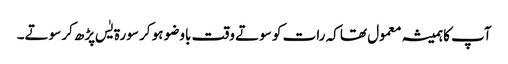
آپ کاہمیشہ معمول تھا کہ رات کو سوتے وقت باوضو ہو کر سورۃ یٰس پڑھ کر سوتے۔